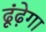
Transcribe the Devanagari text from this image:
ढूंढ़ेगा